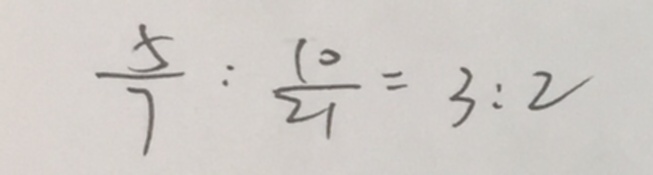
\frac { 5 } { 7 } : \frac { 1 0 } { 2 1 } = 3 : 2